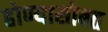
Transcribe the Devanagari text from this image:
होण्यासोबत